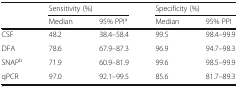
| <ROWSPAN=2>  | <COLSPAN=2> Sensitivity (%) | <COLSPAN=2> Specificity (%) |
 | Median | 95% PPIa | Median | 95% PPI |
 | --- | --- | --- | --- | --- |
 | CSF | 48.2 | 38.4–58.4 | 99.5 | 98.4–99.9 |
 | DFA | 78.6 | 67.9–87.3 | 96.9 | 94.7–98.3 |
 | SNAPb | 71.9 | 60.9–81.9 | 99.6 | 98.5–99.9 |
 | qPCR | 97.0 | 92.1–99.5 | 85.6 | 81.7–89.3 |